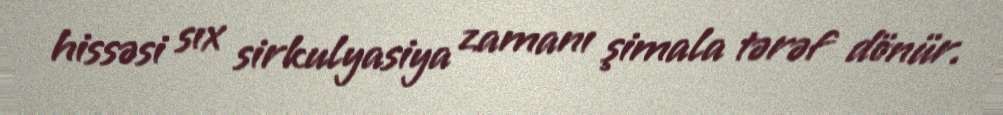
hissəsi sıx sirkulyasiya zamanı şimala tərəf dönür.